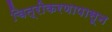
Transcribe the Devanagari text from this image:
चित्रीकरणापासून